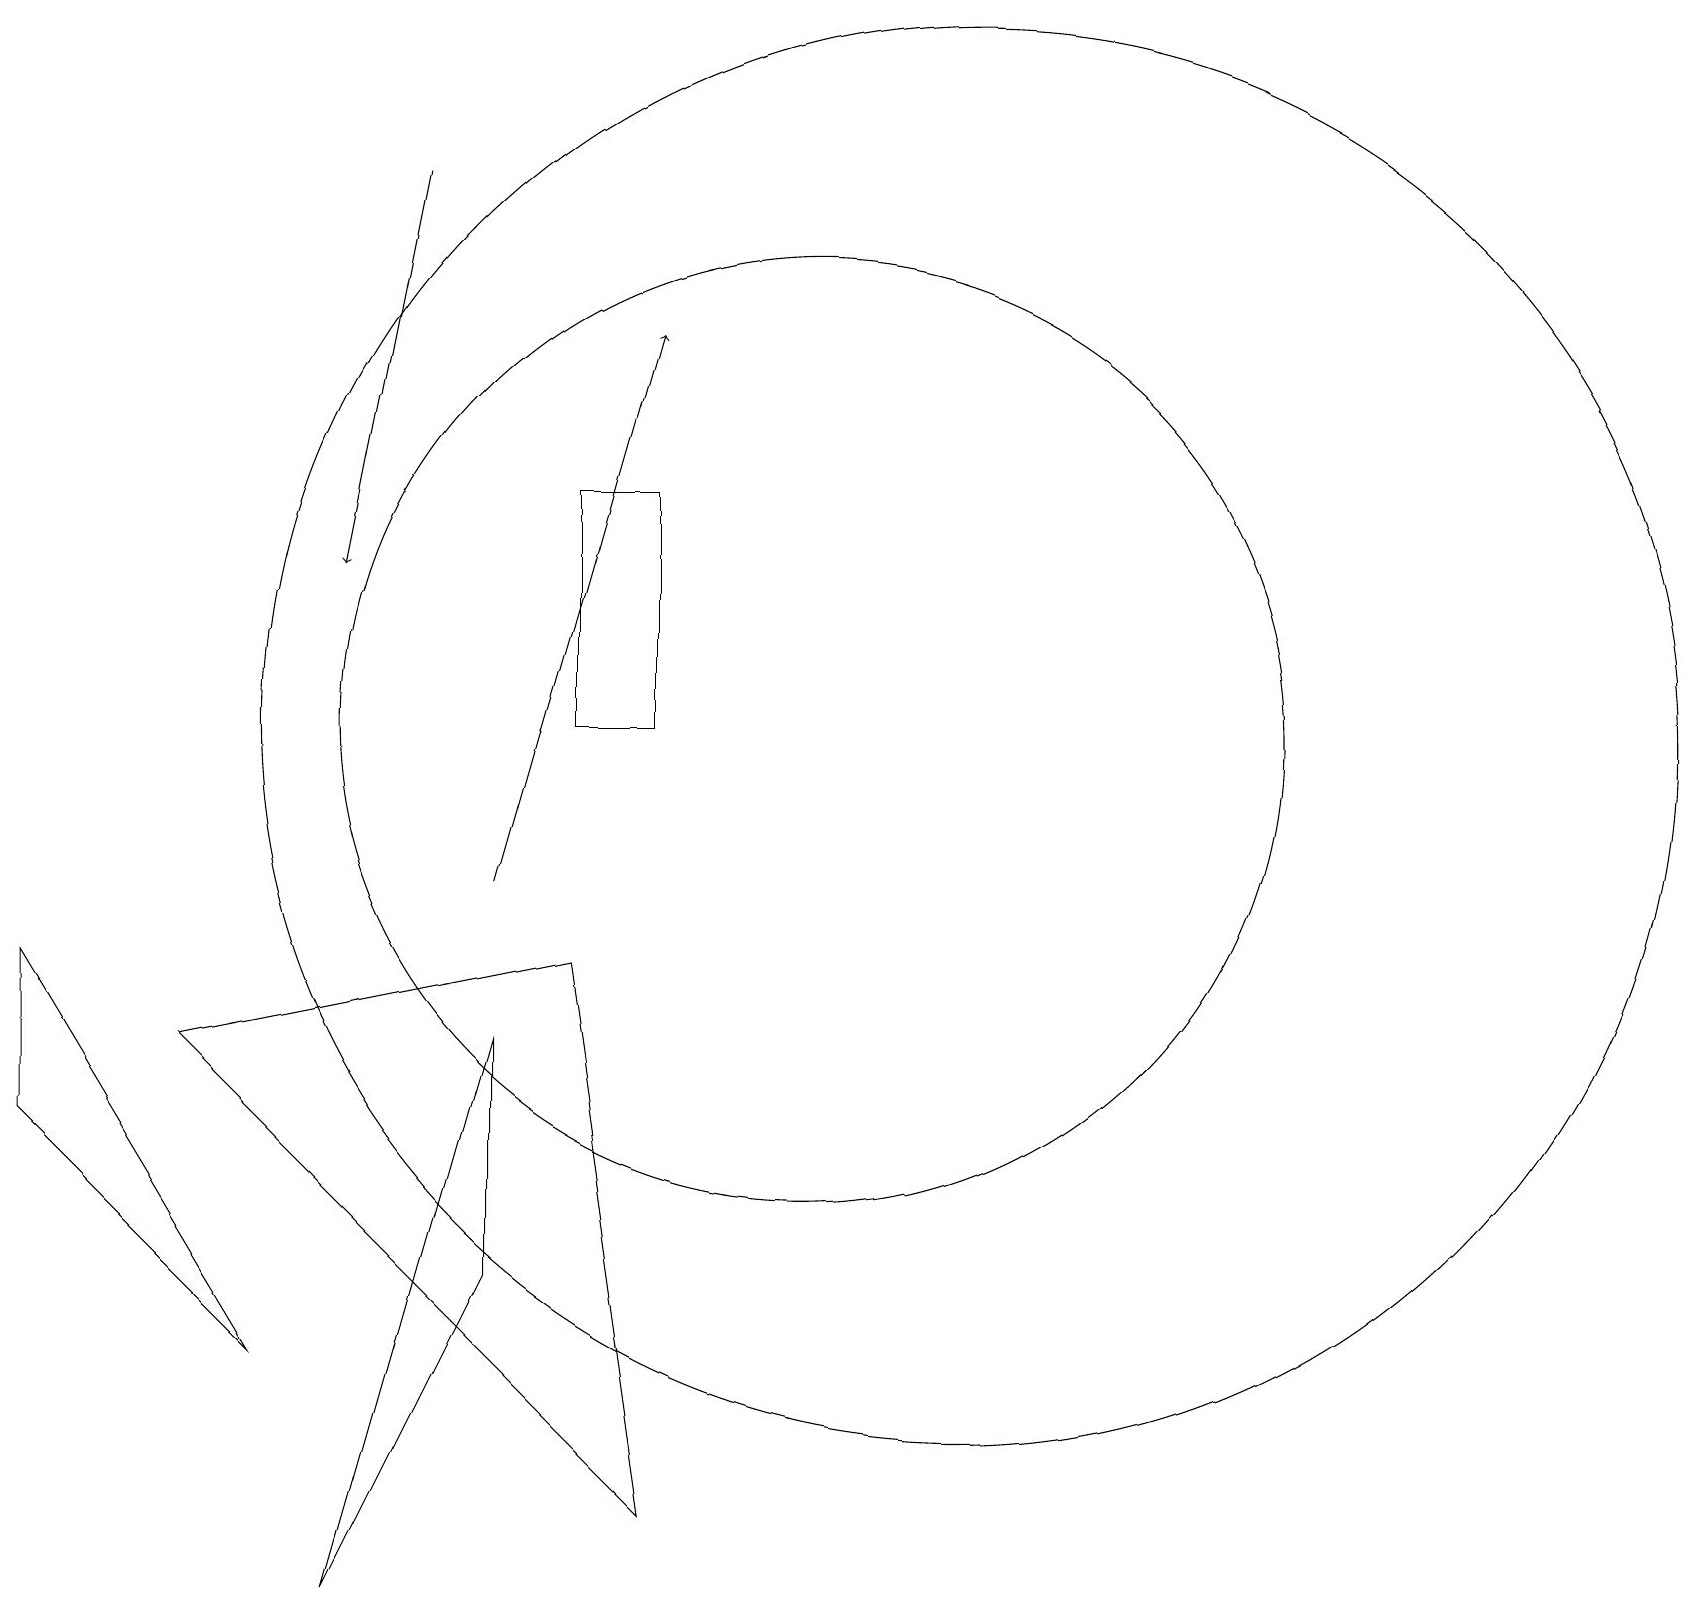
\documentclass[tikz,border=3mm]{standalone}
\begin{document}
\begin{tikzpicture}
\draw[->] (5,19) -- (4,14);
\draw[->] (6,10) -- (8,17);
\draw (3,4) -- (0,9) -- (0,7) -- cycle;
\draw (6,8) -- (4,1) -- (6,5) -- cycle;
\draw (8,15) rectangle (7,12);
\draw (2,8) -- (8,2) -- (7,9) -- cycle;
\draw (12,12) circle (9);
\draw (10,12) circle (6);
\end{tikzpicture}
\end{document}